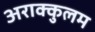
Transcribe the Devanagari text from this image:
अराक्कुलम